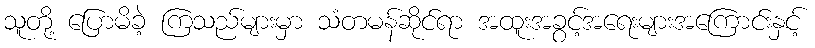
သူတို့ ပြောမိခဲ့ ကြသည်များမှာ သံတမန်ဆိုင်ရာ အထူးအခွင့်အရေးများအကြောင်းနှင့်